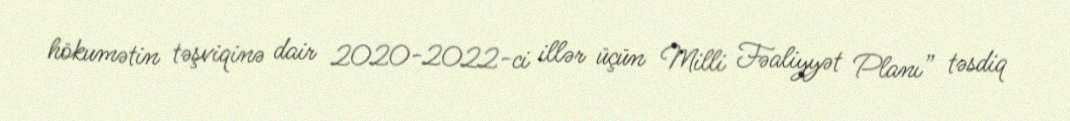
hökumətin təşviqinə dair 2020-2022-ci illər üçün Milli Fəaliyyət Planı” təsdiq